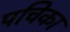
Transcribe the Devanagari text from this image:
पचिका